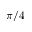
\pi / 4